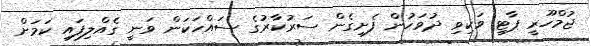
ޖުމްހޫރީ ޕާޓީ ވަކިވި ދުވަހުން ފެށިގެން ސަރުކާރުގެ ސައްހަކަން ވަނީ ގެއްލިފައި ކަމަށް